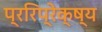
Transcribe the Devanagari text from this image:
प्ररिप्रेक्ष्य